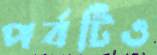
পর্বটিও